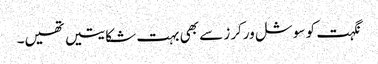
نگہت کو سوشل ورکرز سے بھی بہت شکایتیں تھیں۔